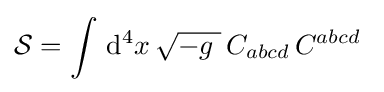
{\mathcal {S}}=\int \,\mathrm {d} ^{4}x\,{\sqrt {-g\;}}\,C_{abcd}\,C^{abcd}~